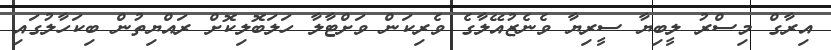
އިރާގް މިސްރު ލީބިޔާ ސީރިޔާ ވެނެޒުއޭލާގެ ވެރިކަން ވަށްޓާލާ ހަލަބޮލިކޮށް ރައްޔިތުން ބިކަހާލުގައި